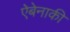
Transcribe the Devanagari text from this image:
ऐबेनाकी